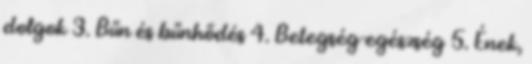
dolgok 3. Bűn és bűnhődés 4. Betegség-egészség 5. Ének,